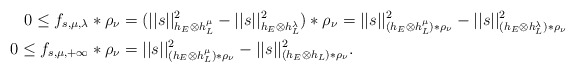
\begin{align*} 0\leq f_{s,\mu,\lambda}\ast\rho_\nu&=(||s||^2_{h_E\otimes h_L^\mu}-||s||^2_{h_E\otimes h_L^\lambda})\ast\rho_\nu =||s||^2_{(h_E\otimes h_L^\mu)\ast\rho_\nu}-||s||^2_{(h_E\otimes h_L^\lambda)\ast\rho_\nu}\\ 0\leq f_{s,\mu,+\infty}\ast\rho_\nu&=||s||^2_{(h_E\otimes h_L^\mu)\ast\rho_\nu}-||s||^2_{(h_E\otimes h_L)\ast\rho_\nu}. \end{align*}